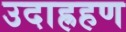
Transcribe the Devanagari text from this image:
उदाह्रहण